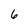
Character: 6